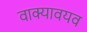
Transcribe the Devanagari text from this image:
वाक्यावयव